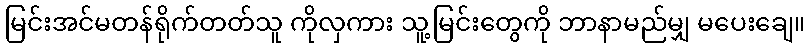
မြင်းအင်မတန်ရိုက်တတ်သူ ကိုလှကား သူ့မြင်းတွေကို ဘာနာမည်မျှ မပေးချေ။